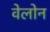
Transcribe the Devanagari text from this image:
वेलोन